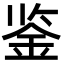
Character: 鉴